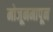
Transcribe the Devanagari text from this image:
मोजूनमापून